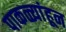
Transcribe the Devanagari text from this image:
पाकळ्यांहून